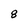
Character: 8